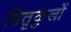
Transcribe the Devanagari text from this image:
पितृकुलों